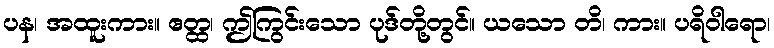
ပန၊ အထူးကား။ ဧတ္ထ၊ ဤကြွင်းသော ပုဒ်တို့တွင်။ ယသော တိ၊ ကား။ ပရိဝါရော၊